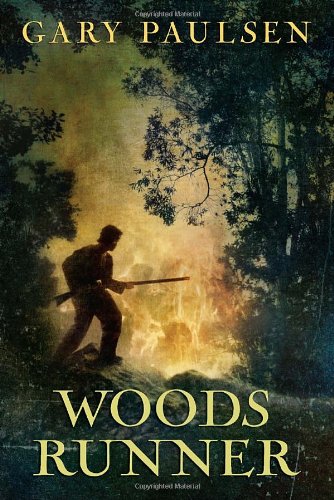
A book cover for Woods Runner; Gary Paulsen; Teen & Young Adult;